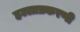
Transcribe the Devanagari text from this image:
हल्लाप्रकरणी